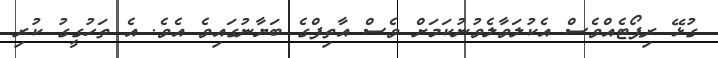
ގުޅޭ ރިޕޯޓެއްވެސް އެކުލަވާލެވުނުކަމަށް ވެސް އާތިފްގެ ބަޔާނުގައިވެ އެވެ. އެ ތަހުގީގު ކުރި